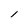
Character: l